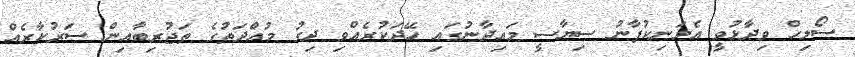
ސޯލިހް ވިދާޅުވީ އެމަނިކުފާނު ސިޔާސީ މައިދާނުގައި ހޭދަކުރެއްވި ދިގު މުއްދަތުގެ ތަޖުރިބާއިން ސަރުކާރެއް